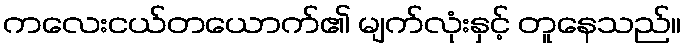
ကလေးငယ်တယောက်၏ မျက်လုံးနှင့် တူနေသည်။